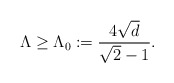
\begin{align*} \Lambda\ge \Lambda_0 := \frac{4 \sqrt{d}}{\sqrt{2}-1}. \end{align*}